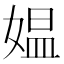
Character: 媪